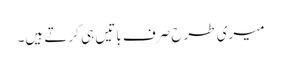
میری طرح صرف باتیں ہی کرتے ہیں۔